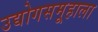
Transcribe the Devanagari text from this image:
उद्योगसमूहाला